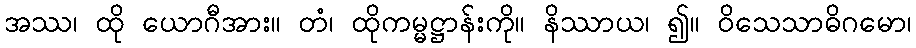
အဿ၊ ထို ယောဂီအား။ တံ၊ ထိုကမ္မဋ္ဌာန်းကို။ နိဿာယ၊ ၍။ ဝိသေသာဓိဂမော၊